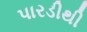
પારડીથી